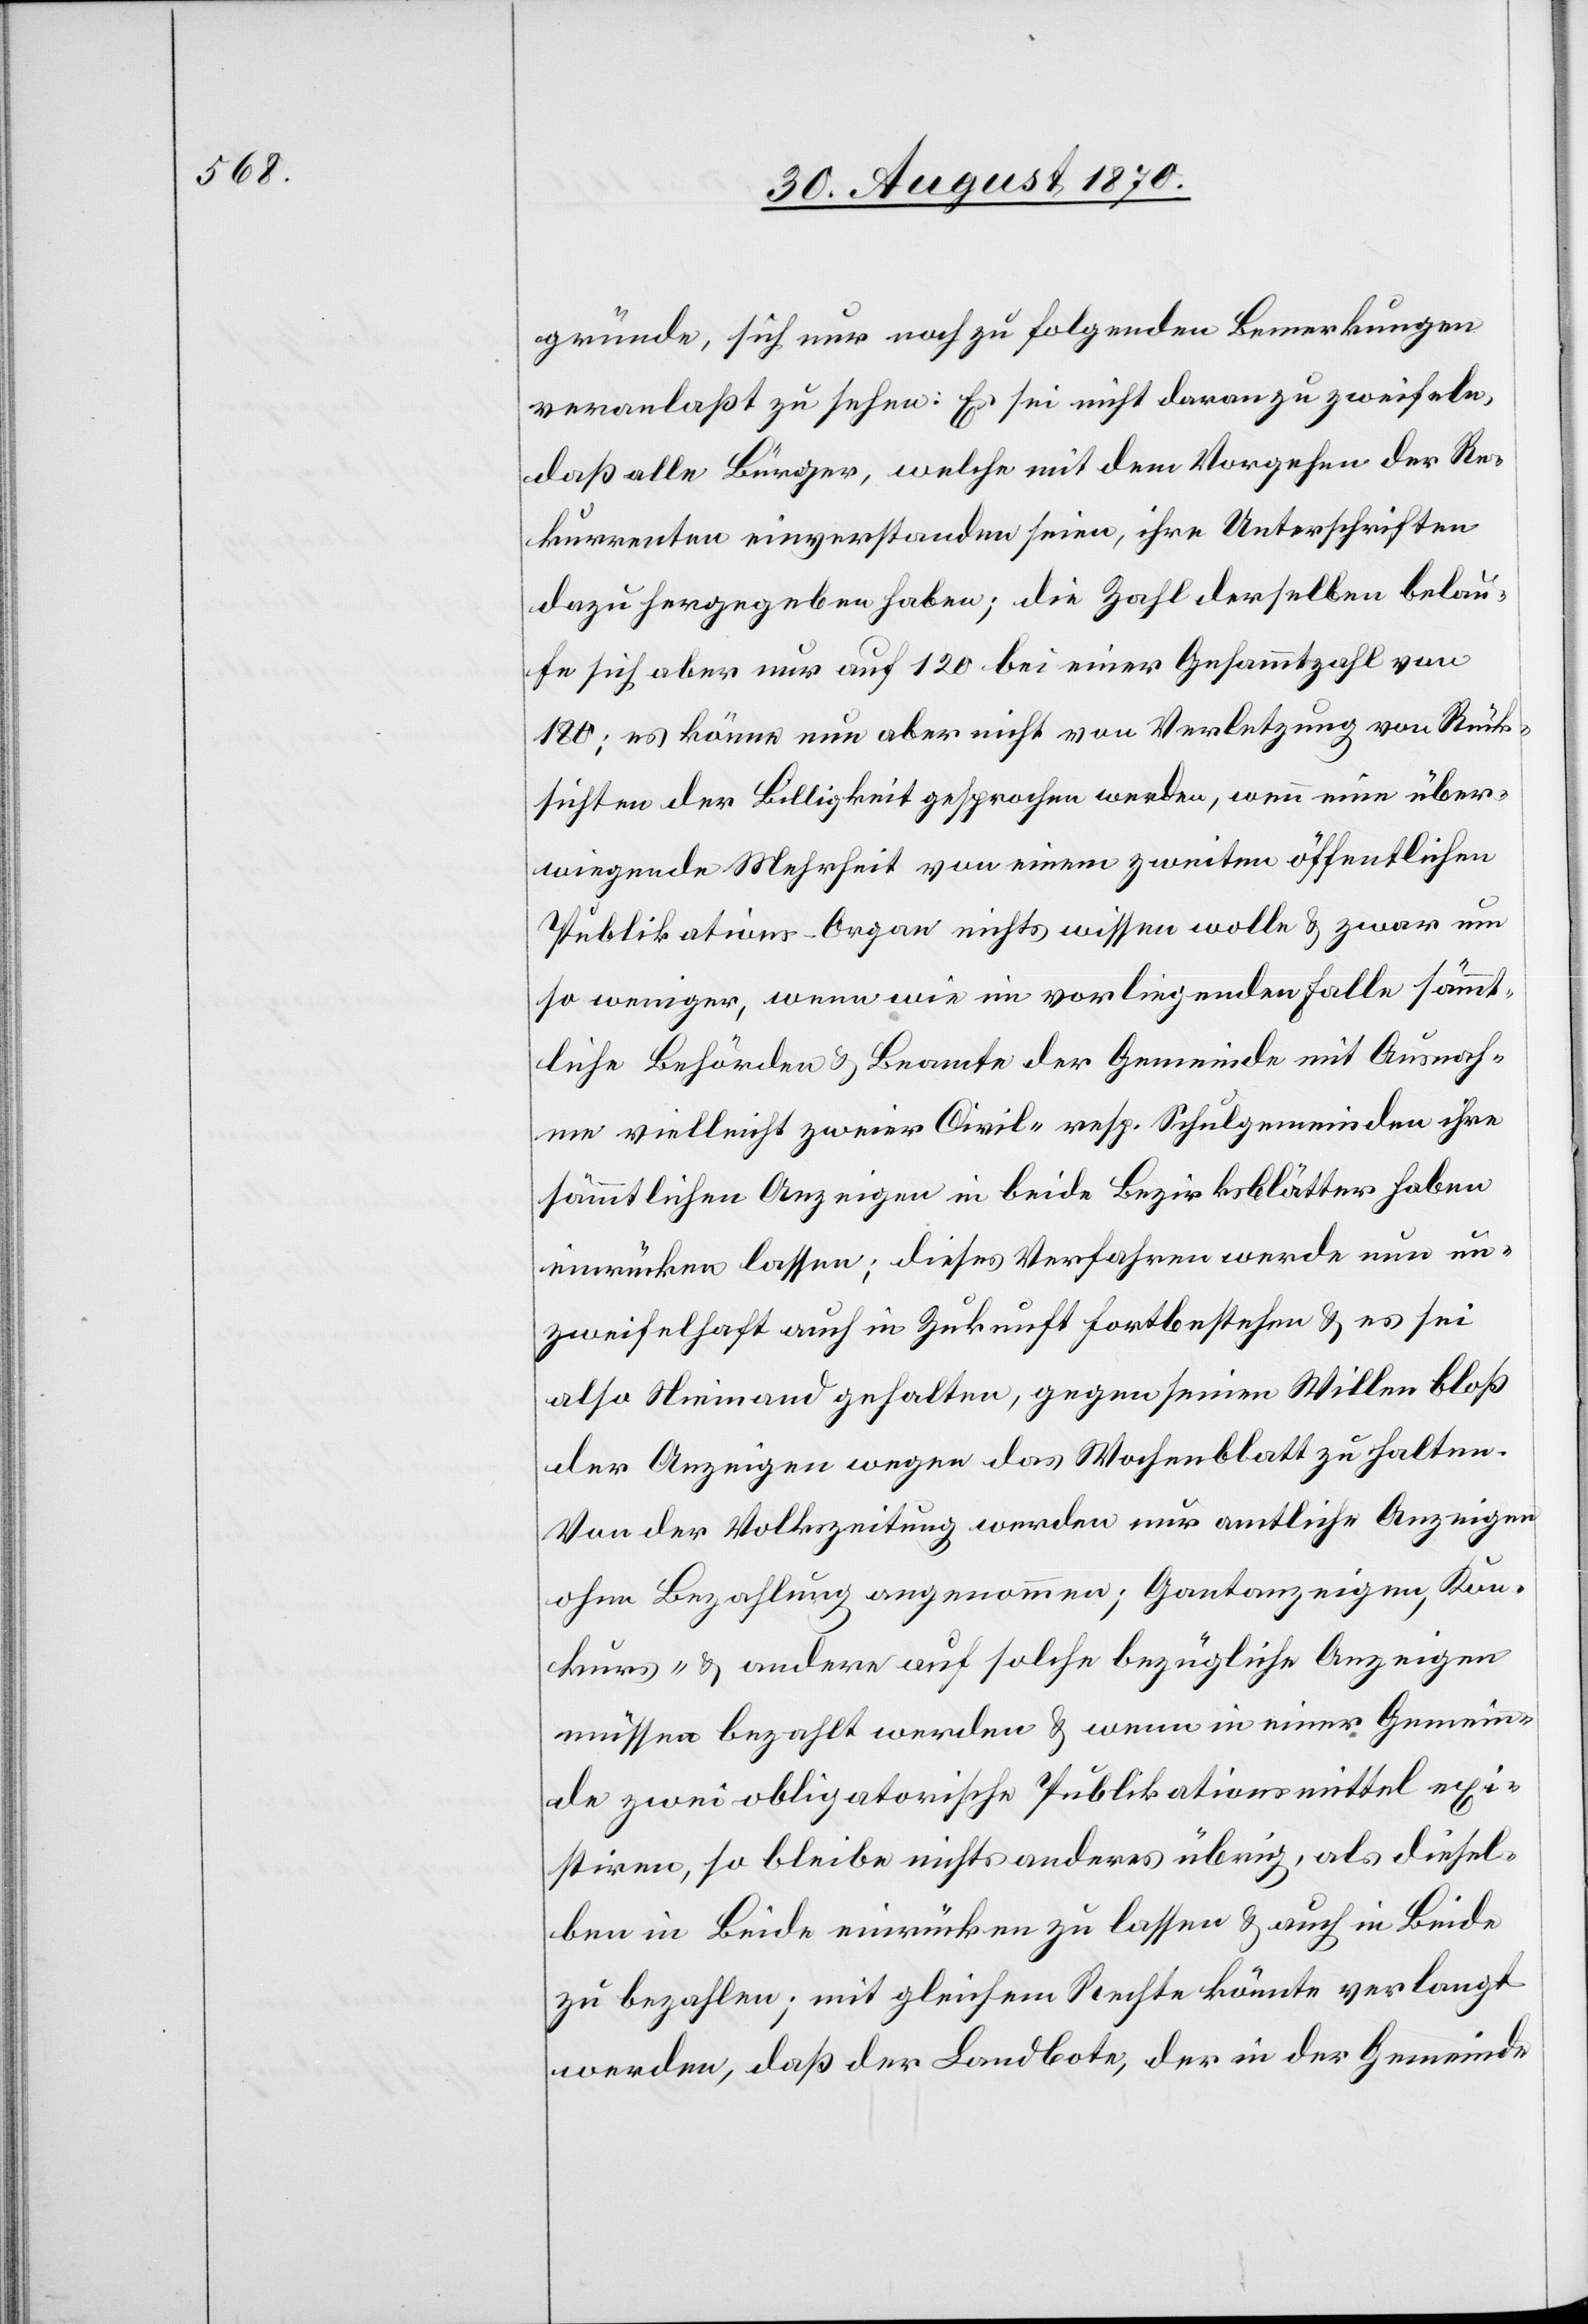
gründe, sich nur noch zu folgenden Bemerkungen
veranlaßt zu sehen: Es sei nicht daran zu zweifeln,
daß alle Bürger, welche mit dem Vorgehen der Re¬
kurrenten einverstanden seien, ihre Unterschriften
dazu hergegeben haben; die Zahl derselben belau¬
fe sich aber nur auf 120 bei einer Gesammtzahl von
180; es könne nun aber nicht von Verletzung von Rück¬
sichten der Billigkeit gesprochen werden, wenn eine über¬
wiegende Mehrheit von einem zweiten öffentlichen
Publikations-Organ nichts wissen wolle & zwar um
so weniger, wenn wie im vorliegenden Falle sämmt¬
liche Behörden & Beamte der Gemeinde mit Ausnah¬
me vielleicht zweier Civil- resp. Schulgemeinden ihre
sämmtlichen Anzeigen in beide Bezirksblätter haben
einrücken lassen; dieses Verfahren werde nun un¬
zweifelhaft auch in Zukunft fortbestehen & es sei
also Niemand gehalten, gegen seinen Willen bloß
der Anzeigen wegen das Wochenblatt zu halten.
Von der Volkszeitung werden nur amtliche Anzeigen
ohne Bezahlung angenommen; Gantanzeigen, Kon¬
kurs- & andere auf solche bezüglichen Anzeigen
müssen bezahlt werden & wenn in einer Gemein¬
de zwei obligatorische Publikationsmittel exi¬
stiren, so bleibe nichts anderes übrig, als diesel¬
ben in Beide einrücken zu lassen & auch in Beide
zu bezahlen; mit gleichem Rechte könnte verlang
werden, daß der Landbote, der in der Gemeinde